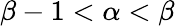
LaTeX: \beta-1<\alpha<\beta